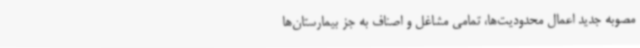
مصوبه جدید اعمال محدودیت‌ها، تمامی مشاغل و اصناف به جز بیمارستان‌ها